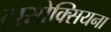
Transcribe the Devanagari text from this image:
ट्रासोक्सियना